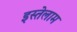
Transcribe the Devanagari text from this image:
इस्तेलाम